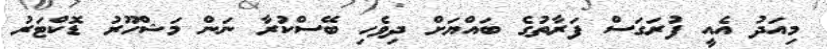
މިއަދު އެއީ ފުރަގަސް ފަރާތުގެ ބައްޔަށް ދިވެހި ބޭސްކުރާ ނަން މަޝްހޫރު ޑޮކްޓަރު